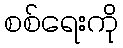
စစ်ရေးကို